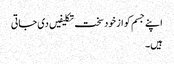
اپنے جسم کو از خود سخت تکلیفیں دی جاتی
ہیں۔